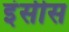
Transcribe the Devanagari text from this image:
इंसीस